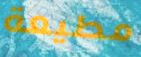
مطيعة